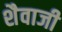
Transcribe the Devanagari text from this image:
शैवाजी